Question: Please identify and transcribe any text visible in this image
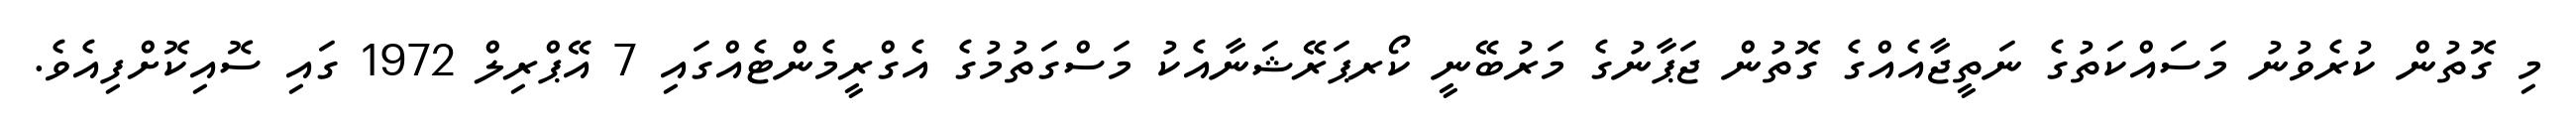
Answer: މި ގޮތުން ކުރެވުނު މަސައްކަތުގެ ނަތީޖާއެއްގެ ގޮތުން ޖަޕާނުގެ މަރުބޭނީ ކޯރޕަރޭޝަނާއެކު މަސްގަތުމުގެ އެގްރީމެންޓެއްގައި 7 އޭޕްރިލް 1972 ގައި ސޮއިކޮށްފިއެވެ.